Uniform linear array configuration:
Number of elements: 24
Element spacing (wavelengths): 0.75
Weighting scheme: kaiser
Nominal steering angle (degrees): -15
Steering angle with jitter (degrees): -14.535
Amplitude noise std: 0.05
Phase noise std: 0.05

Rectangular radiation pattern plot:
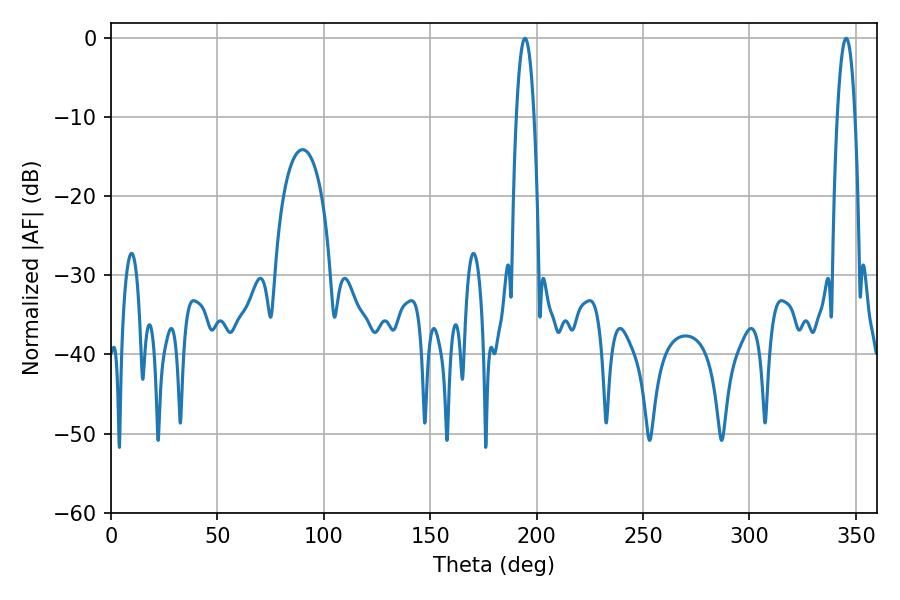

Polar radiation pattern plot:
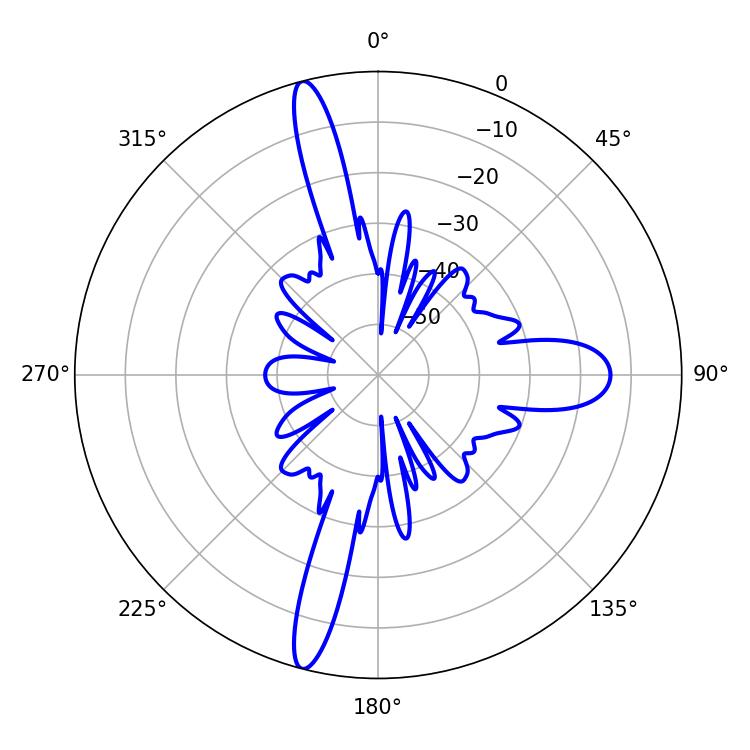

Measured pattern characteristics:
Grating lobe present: TRUE
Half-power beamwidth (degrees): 4.68
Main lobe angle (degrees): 345.42